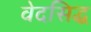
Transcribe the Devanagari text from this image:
वेदसिद्ध